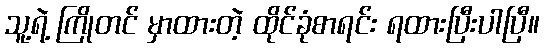
သူ့ရဲ့ ကြိုတင် မှာထားတဲ့ ထိုင်ခုံစာရင်း ရထားပြီးပါပြီ။